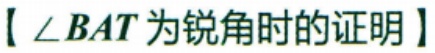
【\(\angle BAT\)为锐角时的证明】